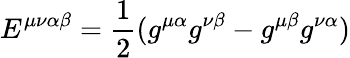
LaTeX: E^{\mu\nu\alpha\beta}=\frac{1}{2}(g^{\mu\alpha}g^{\nu\beta}-g^{\mu\beta}g^{\nu\alpha})